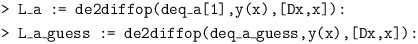
\begin{align*} &\texttt{> L\_a := de2diffop(deq\_a[1],y(x),[Dx,x]):}\\ &\texttt{> L\_a\_guess := de2diffop(deq\_a\_guess,y(x),[Dx,x]):}\end{align*}